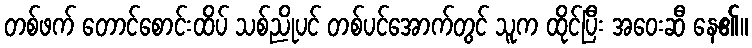
တစ်ဖက် တောင်စောင်းထိပ် သစ်ညိုပင် တစ်ပင်အောက်တွင် သူက ထိုင်ပြီး အဝေးဆီ နေ၏။